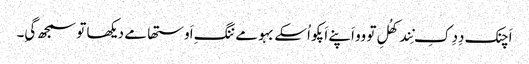
اَچنک دِدِ کِ نِند کھُلِ تو وو اَپنے اَپکو اُسکے بہو مے ننگِ اَوستھا مے دیکھا تو سمجھ گیِ۔